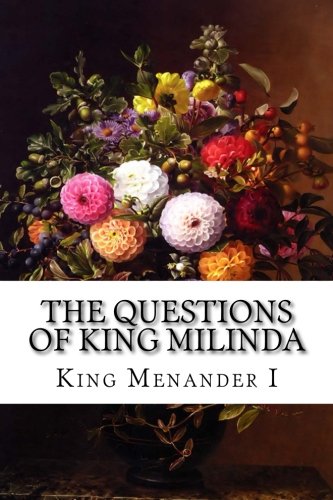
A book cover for The Questions of King Milinda: The Milinda Panha; King Menander I; Religion & Spirituality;